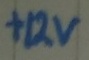
Text: +12v